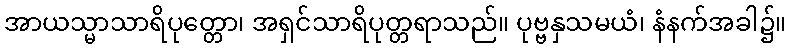
အာယသ္မာသာရိပုတ္တော၊ အရှင်သာရိပုတ္တရာသည်။ ပုဗ္ဗနှသမယံ၊ နံနက်အခါ၌။